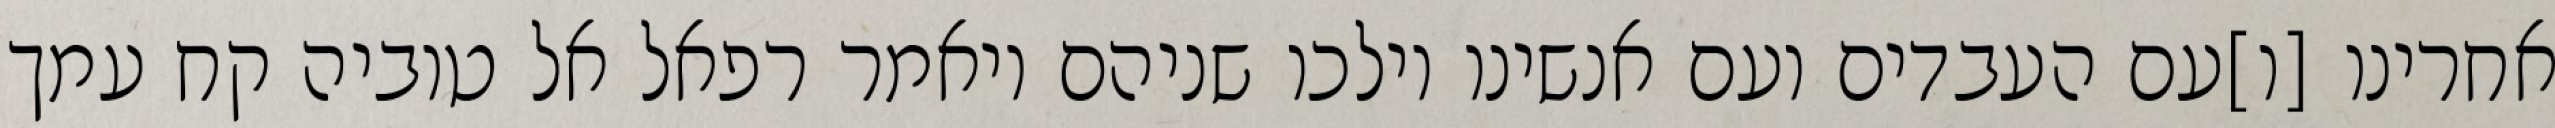
אחרינו [ו]עם העבדים ועם אנשינו וילכו שניהם ויאמר רפאל אל טוביה קח עמך